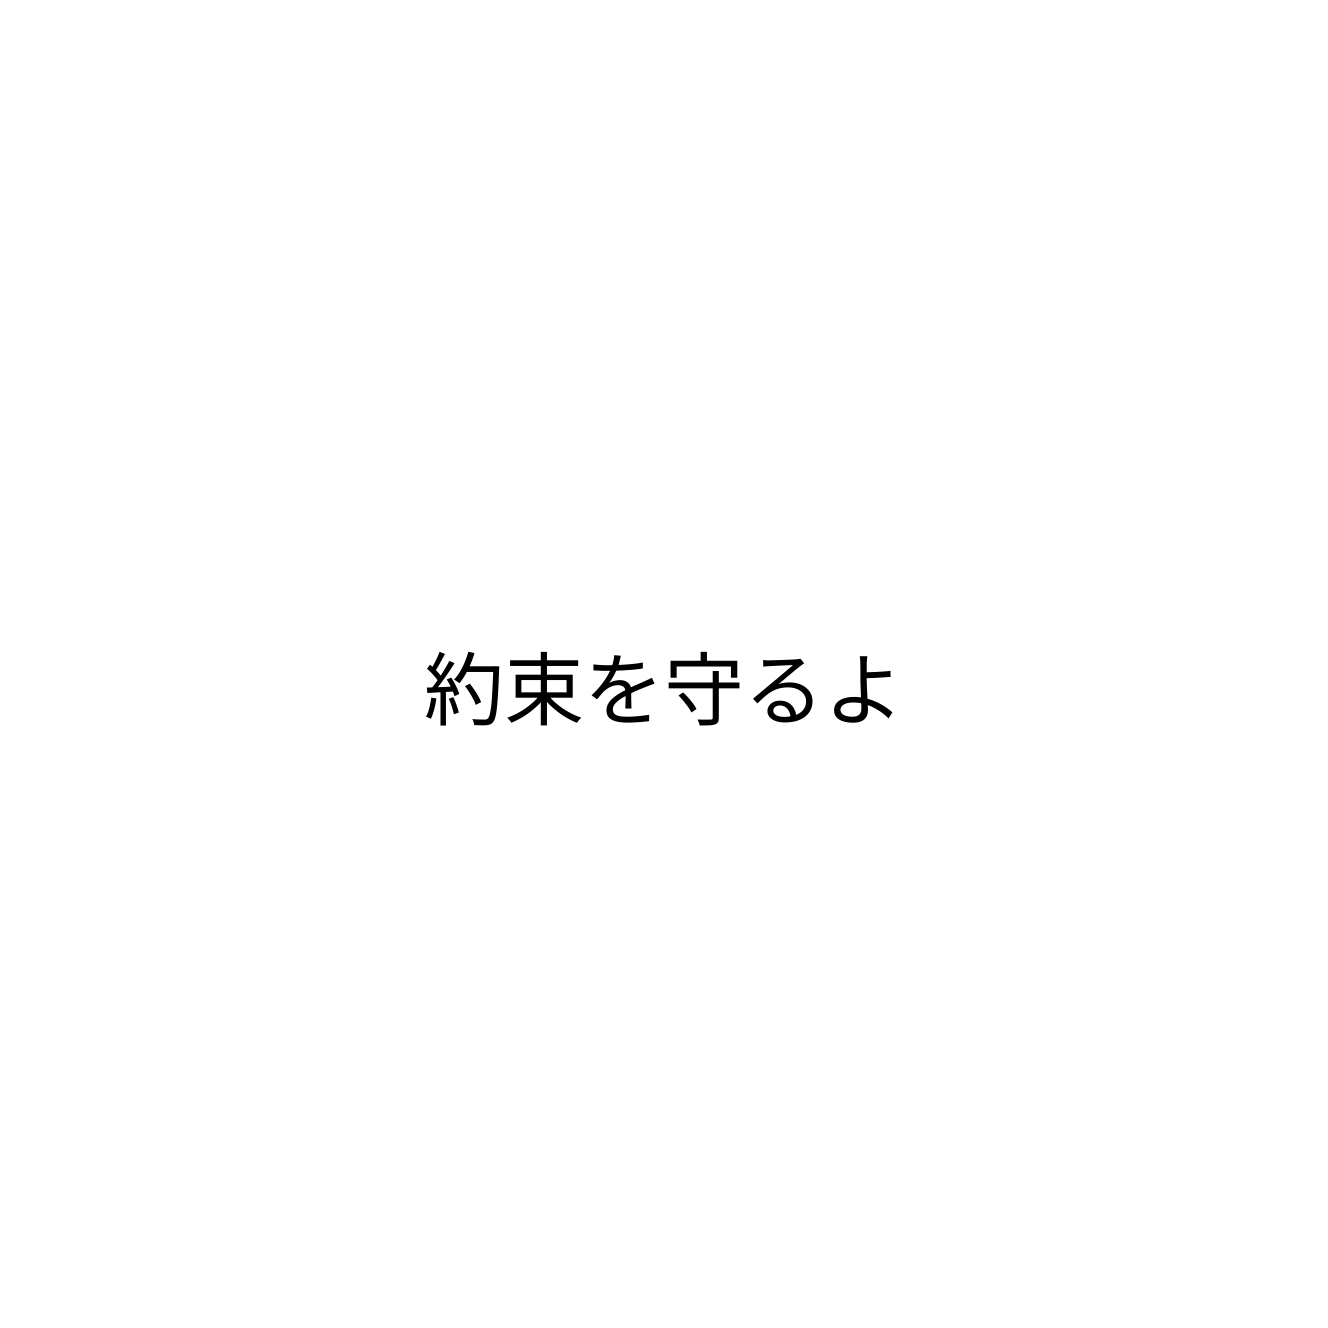
約束を守るよ